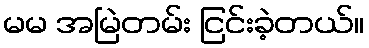
မမ အမြဲတမ်း ငြင်းခဲ့တယ်။